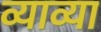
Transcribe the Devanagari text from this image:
व्याव्या